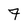
Character: 7